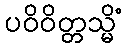
ပဝိဝိတ္တသ္မိံ